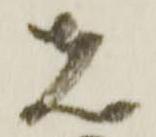
先